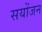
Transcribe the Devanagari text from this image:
सयोंजन